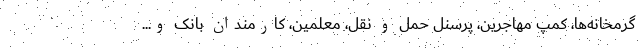
گرمخانه‌ها، کمپ مهاجرین، پرسنل حمل و نقل، معلمین، کارمندان بانک و...